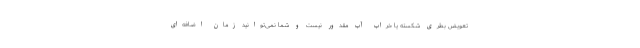
تعویض بطری شکسته یا خراب آب مقدور نیست و شما نمی‌توانید زمان اضافه‌ای